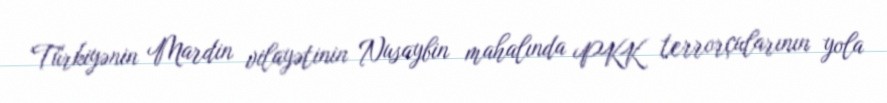
Türkiyənin Mardin vilayətinin Nusaybin mahalında PKK terrorçularının yola